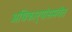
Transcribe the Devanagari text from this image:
अधिकार्‍यांसमवेत